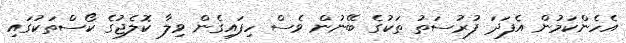
އެހެންކަމުން އެފަދަ ފުރުސަތު ތަކުގެ ބޭނުން ވެސް ހިފައިގެން ވިލާ ކޮލެޖުގެ ކޯސްތަކުގައި